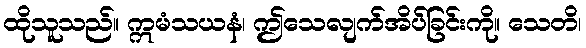
ထိုသူသည်။ ဣမံသယနံ၊ ဤသေလျက်အိပ်ခြင်းကို။ သေတိ၊